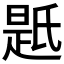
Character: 𭦯